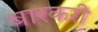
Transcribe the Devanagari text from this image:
बारकरी